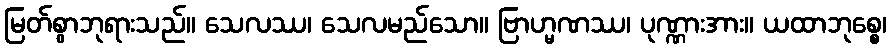
မြတ်စွာဘုရားသည်။ သေလဿ၊ သေလမည်သော။ ဗြာဟ္မဏဿ၊ ပုဏ္ဏားအား။ ယထာဘုစ္စေ၊